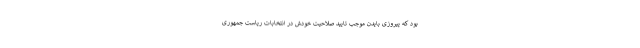
بود که پیروزی بایدن موجب تایید صلاحیت خودش در انتخابات ریاست جمهوری